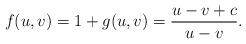
LaTeX: \begin{align*} f(u,v) = 1 + g(u,v) = \frac{u-v+c}{u-v}.\end{align*}